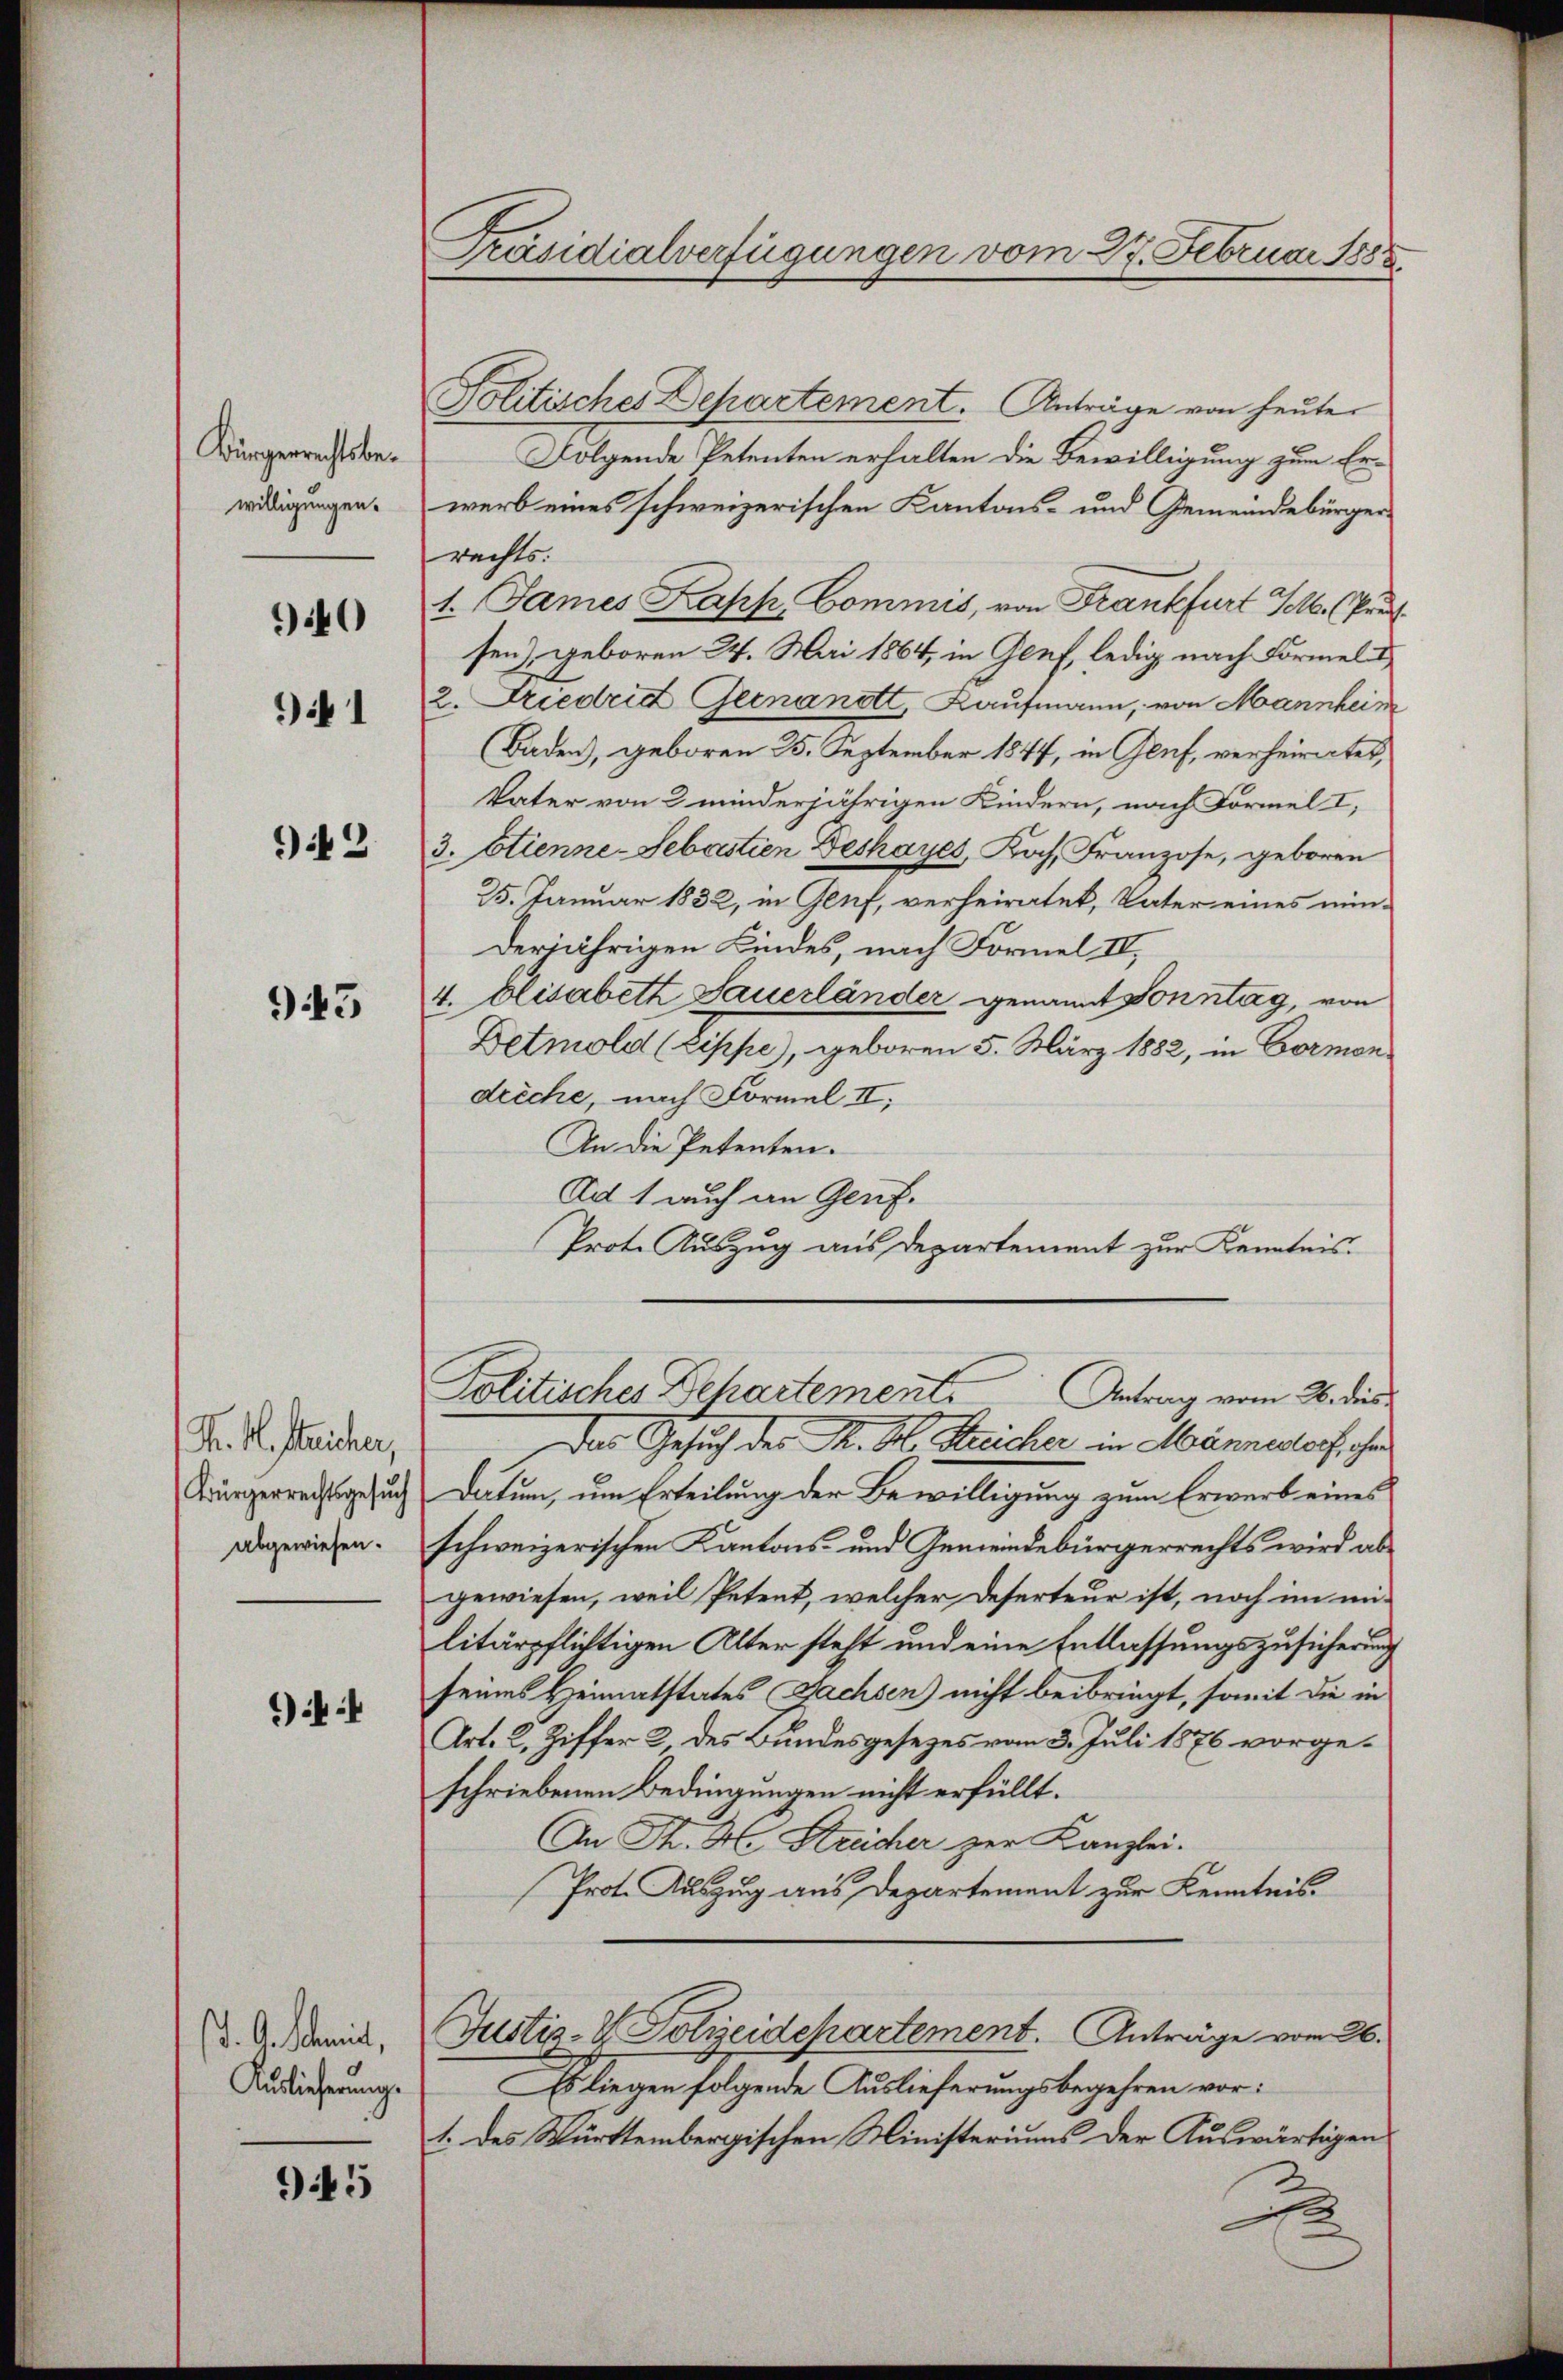
Bürgerrechtsbewilligungen.

40
91

942.

943

K. H. Streicher,
Bürgerrechtsgesuch
abgewiesen.

)

J. G. Schmit,
Auslicherungs

945

Präsidialverfügungen vom 27. Februar 1888

Politische Departement. Anträge von heute
Folgende Petenten erhalten die Bewilligung zum Erwerb eines schweizerischen Kantons- und Gemeindebürger
rechts:
1. James Kapp, Commis, von Frankfurt M. (Prosen) geboren 24. Mai 1864, in Genf, ledig nach Formeli
2. Friedrid Geinandt, Kaufmann, von Mannheim
(Baden, geboren 25. September 1877, in Genf, verheirates,
Vater von 2 minderjährigen Kindern, nach Formel I,
3. stienne-Sebastien Deshayes, Koch. Franzose, geboren
25. Januar 1832, in Genf, verheiratet, Vater eines minderjährigen Kindes, nach Formel IV.,
4. Elisabeth Sauerländer genannt Sonntag, von
Detmold (Zippe), geboren 5. März 1882, in Formendreche, nach Formel II,
An die Petenten.
Ad 1 auch an Genf.
Prote Auszug aus Departement zur Kenntnis.
Politischer Behartement. Antrag vom 26. dies
Das Gesuch des K. A. Kreicher in Männedorf ihr
Datum, um Erteilung der Bewilligung zum Erwerb eines
schweizerischen Kantons- und Gemeindebürgerrechts wird abgewiesen, weil Petent, welcher Deserteur ist, noch im militärpflichtigen Alter steht und eine Entlassungszusicherung
seines Heimatstates Sachsen) nicht beibringt, somit die in
Art. 2, Ziffer 2 des Bundesgesezes vom 3. Juli 1876 vorgeschriebenen Bedingungen nicht erfüllt.
An P. M. Streicher zur Kanzlei.
Prot. Auszug aus Departement zur Kenntnis
Justiz- & Polizeidepartement. Anträge vom 26.
Es liegen folgende Auslieferungsbegehren vor:
1. des Württembergischen Ministeriums der Auswärtigen
e